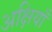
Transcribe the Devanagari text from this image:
अक्षियाँ